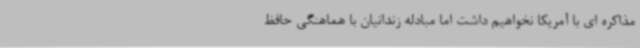
مذاکره ای با آمریکا نخواهیم داشت اما مبادله زندانیان با هماهنگی حافظ